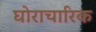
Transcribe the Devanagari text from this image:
घोराचारिक